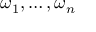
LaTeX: \omega _ { 1 } , \ldots , \omega _ { n }